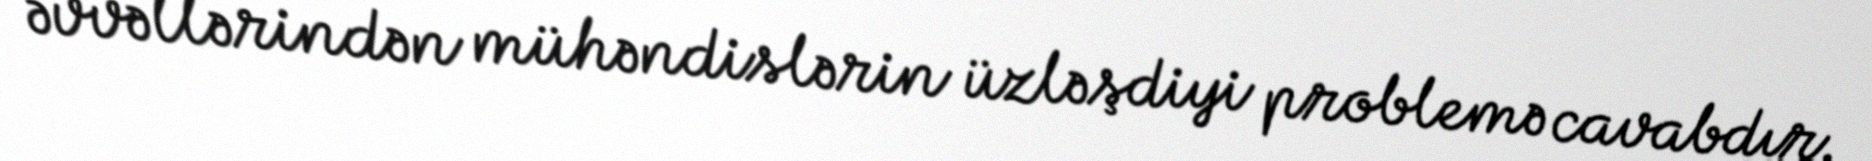
əvvəllərindən mühəndislərin üzləşdiyi problemə cavabdır.